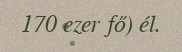
170 ezer fő) él.